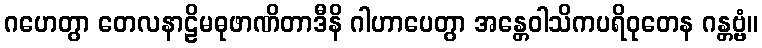
ဂဟေတွာ တေလနာဠိမဓုဖာဏိတာဒီနိ ဂါဟာပေတွာ အန္တေဝါသိကပရိဝုတေန ဂန္တဗ္ဗံ။